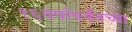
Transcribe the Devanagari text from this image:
१६वर्षापर्यंतच्या